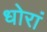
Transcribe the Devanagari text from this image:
धोरां